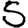
Digit: 5